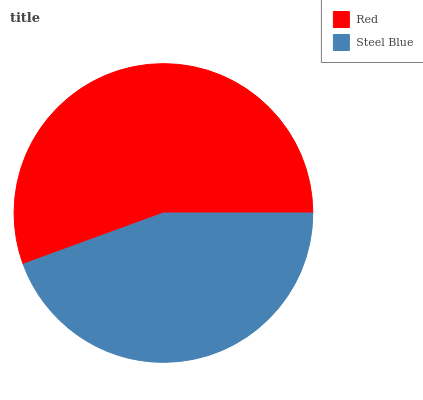
| Red | Steel Blue |
 | --- | --- |
 | 55.6% | 44.4% |